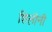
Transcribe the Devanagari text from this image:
शिलीनी